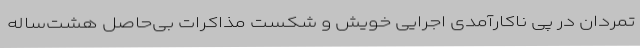
تمردان در پی ناکارآمدی اجرایی خویش و شکست مذاکرات بی‌حاصل هشت‌ساله